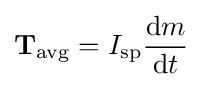
\mathbf {T_{\mathrm {avg} }} =I_{\mathrm {sp} }{\frac {\mathrm {d} m}{\mathrm {d} t}}